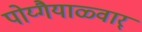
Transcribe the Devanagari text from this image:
पोय्गैयाळ्वार्